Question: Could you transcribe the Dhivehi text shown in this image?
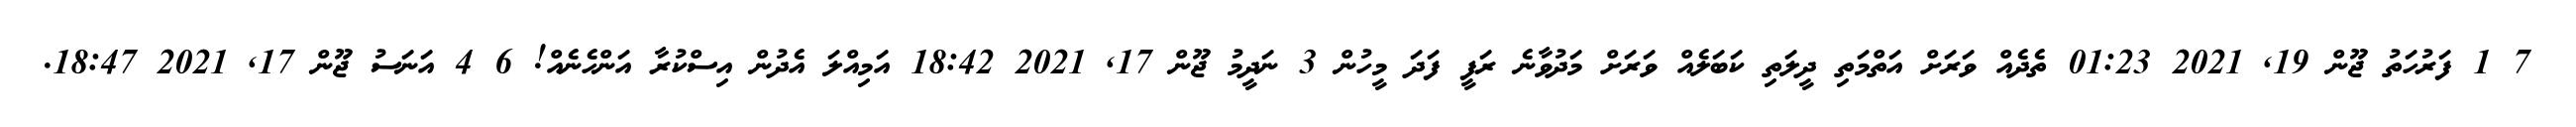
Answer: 7 1 ފަރުހަތު ޖޫން 19, 2021 01:23 ތެދެއް ވަރަށް އަތްމަތި ދީލަތި ކަބަލެއް ވަރަށް މަދުވާނެ ރަފީ ފަދަ މީހުން 3 ނަދީމު ޖޫން 17, 2021 18:42 އަމިއްލަ އެދުން އިސްކުރާ އަންހެނެއް! 6 4 އަނަސު ޖޫން 17, 2021 18:47.